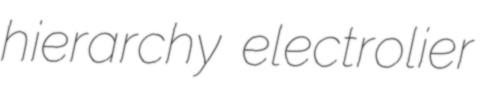
hierarchy electrolier